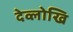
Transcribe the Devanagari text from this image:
देव्लोखि